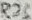
Text: R23